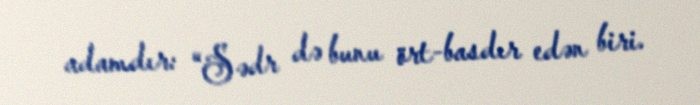
adamdır: “Sədr də bunu ört-basdır edən biri.